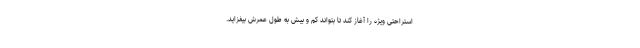
استراحتی ویژه را آغاز کند تا بتواند کم و بیش به طول عمرش بیفزاید.